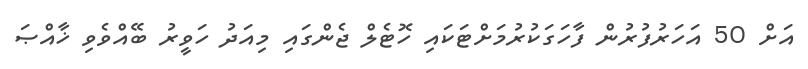
އަށް 50 އަހަރުފުރުން ފާހަގަކުރުމަށްޓަކައި ހޮޓެލް ޖެންގައި މިއަދު ހަވީރު ބޭއްވެވި ޚާއްޞަ